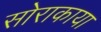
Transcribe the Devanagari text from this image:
सोराकाया